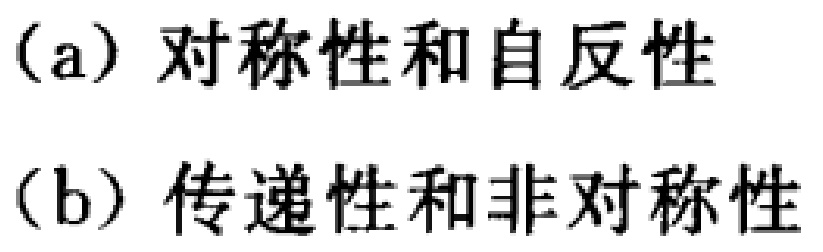
(a) 对称性和自反性
(b) 传递性和非对称性